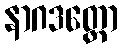
နာဂဒတ္တော